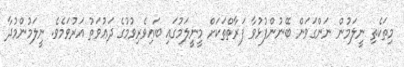
މިތަކެތި ނީލަމުން ނަންގަވަން ބޭނުންފުޅުވާ ފަރާތްތަކަށް މީނީލަަމުގައި ބައިވެރިވުުމުގެ ދަޢުވަތު އަރުވަމެވެ. ނީލަމުންމުދާ